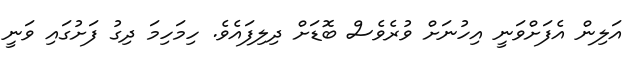
އަލިން އެފަށްވަނީ އިހުނަށް ވުރެވެސް ބޮޑަށް ދިލިފައެވެ. ހިމަހިމަ ދިގު ފަށުގައި ވަނީ